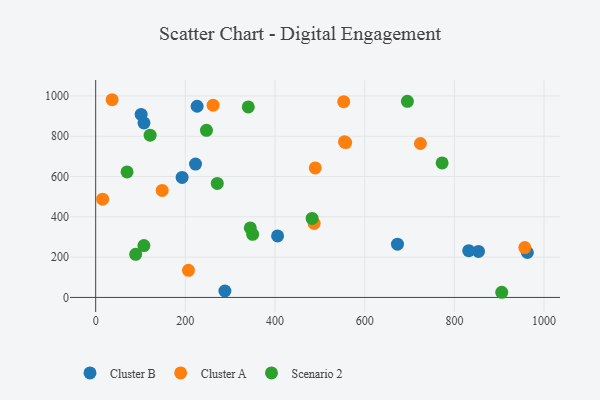
{"axis": {"x": "Ad Spend", "y": "Fuel Efficiency"}, "legend": ["Cluster A", "Cluster B", "Scenario 2"], "data": [{"x": "288.2", "y": 32.0, "type": "Cluster B"}, {"x": "192.8", "y": 595.6, "type": "Cluster B"}, {"x": "226.3", "y": 948.6, "type": "Cluster B"}, {"x": "101.4", "y": 908.2, "type": "Cluster B"}, {"x": "853.8", "y": 228.2, "type": "Cluster B"}, {"x": "222.7", "y": 661.9, "type": "Cluster B"}, {"x": "405.7", "y": 305.4, "type": "Cluster B"}, {"x": "962.8", "y": 223.0, "type": "Cluster B"}, {"x": "832.0", "y": 231.9, "type": "Cluster B"}, {"x": "673.1", "y": 264.3, "type": "Cluster B"}, {"x": "107.7", "y": 866.0, "type": "Cluster B"}, {"x": "554.8", "y": 772.5, "type": "Cluster A"}, {"x": "207.0", "y": 134.6, "type": "Cluster A"}, {"x": "148.4", "y": 531.0, "type": "Cluster A"}, {"x": "487.3", "y": 367.4, "type": "Cluster A"}, {"x": "724.3", "y": 763.8, "type": "Cluster A"}, {"x": "557.6", "y": 768.5, "type": "Cluster A"}, {"x": "489.7", "y": 642.6, "type": "Cluster A"}, {"x": "36.7", "y": 981.1, "type": "Cluster A"}, {"x": "15.5", "y": 487.4, "type": "Cluster A"}, {"x": "261.9", "y": 954.2, "type": "Cluster A"}, {"x": "553.2", "y": 971.3, "type": "Cluster A"}, {"x": "957.1", "y": 247.2, "type": "Cluster A"}, {"x": "70.0", "y": 622.9, "type": "Scenario 2"}, {"x": "905.6", "y": 25.6, "type": "Scenario 2"}, {"x": "695.2", "y": 973.0, "type": "Scenario 2"}, {"x": "344.8", "y": 344.8, "type": "Scenario 2"}, {"x": "350.1", "y": 313.0, "type": "Scenario 2"}, {"x": "89.2", "y": 213.7, "type": "Scenario 2"}, {"x": "107.5", "y": 257.1, "type": "Scenario 2"}, {"x": "340.4", "y": 945.2, "type": "Scenario 2"}, {"x": "482.7", "y": 392.0, "type": "Scenario 2"}, {"x": "271.2", "y": 565.9, "type": "Scenario 2"}, {"x": "121.4", "y": 805.4, "type": "Scenario 2"}, {"x": "772.7", "y": 667.5, "type": "Scenario 2"}, {"x": "247.1", "y": 829.1, "type": "Scenario 2"}]}